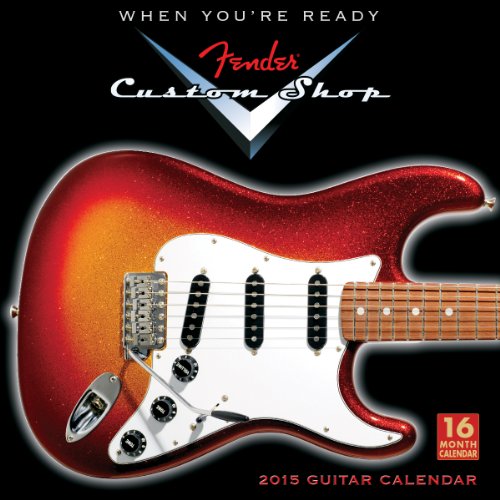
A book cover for FenderÂ® Custom Shop Guitar 2015 Wall Calendar; Sellers Publishing Inc; Calendars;